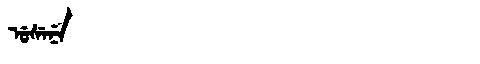
Manchu: ᡠᠰᡝᠨᡝ
Romanization: USENE